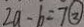
2 a - b = 7 \textcircled { 2 }